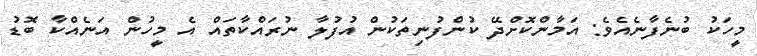
މީހަކު ބުނެފާނެއެވެ: އަމާންކޮށްދޭ ކުންފުނިތަކުން އުފުލާ ނުރައްކާތައް އެ މީހުން އަނެއްކާ ބޮޑު